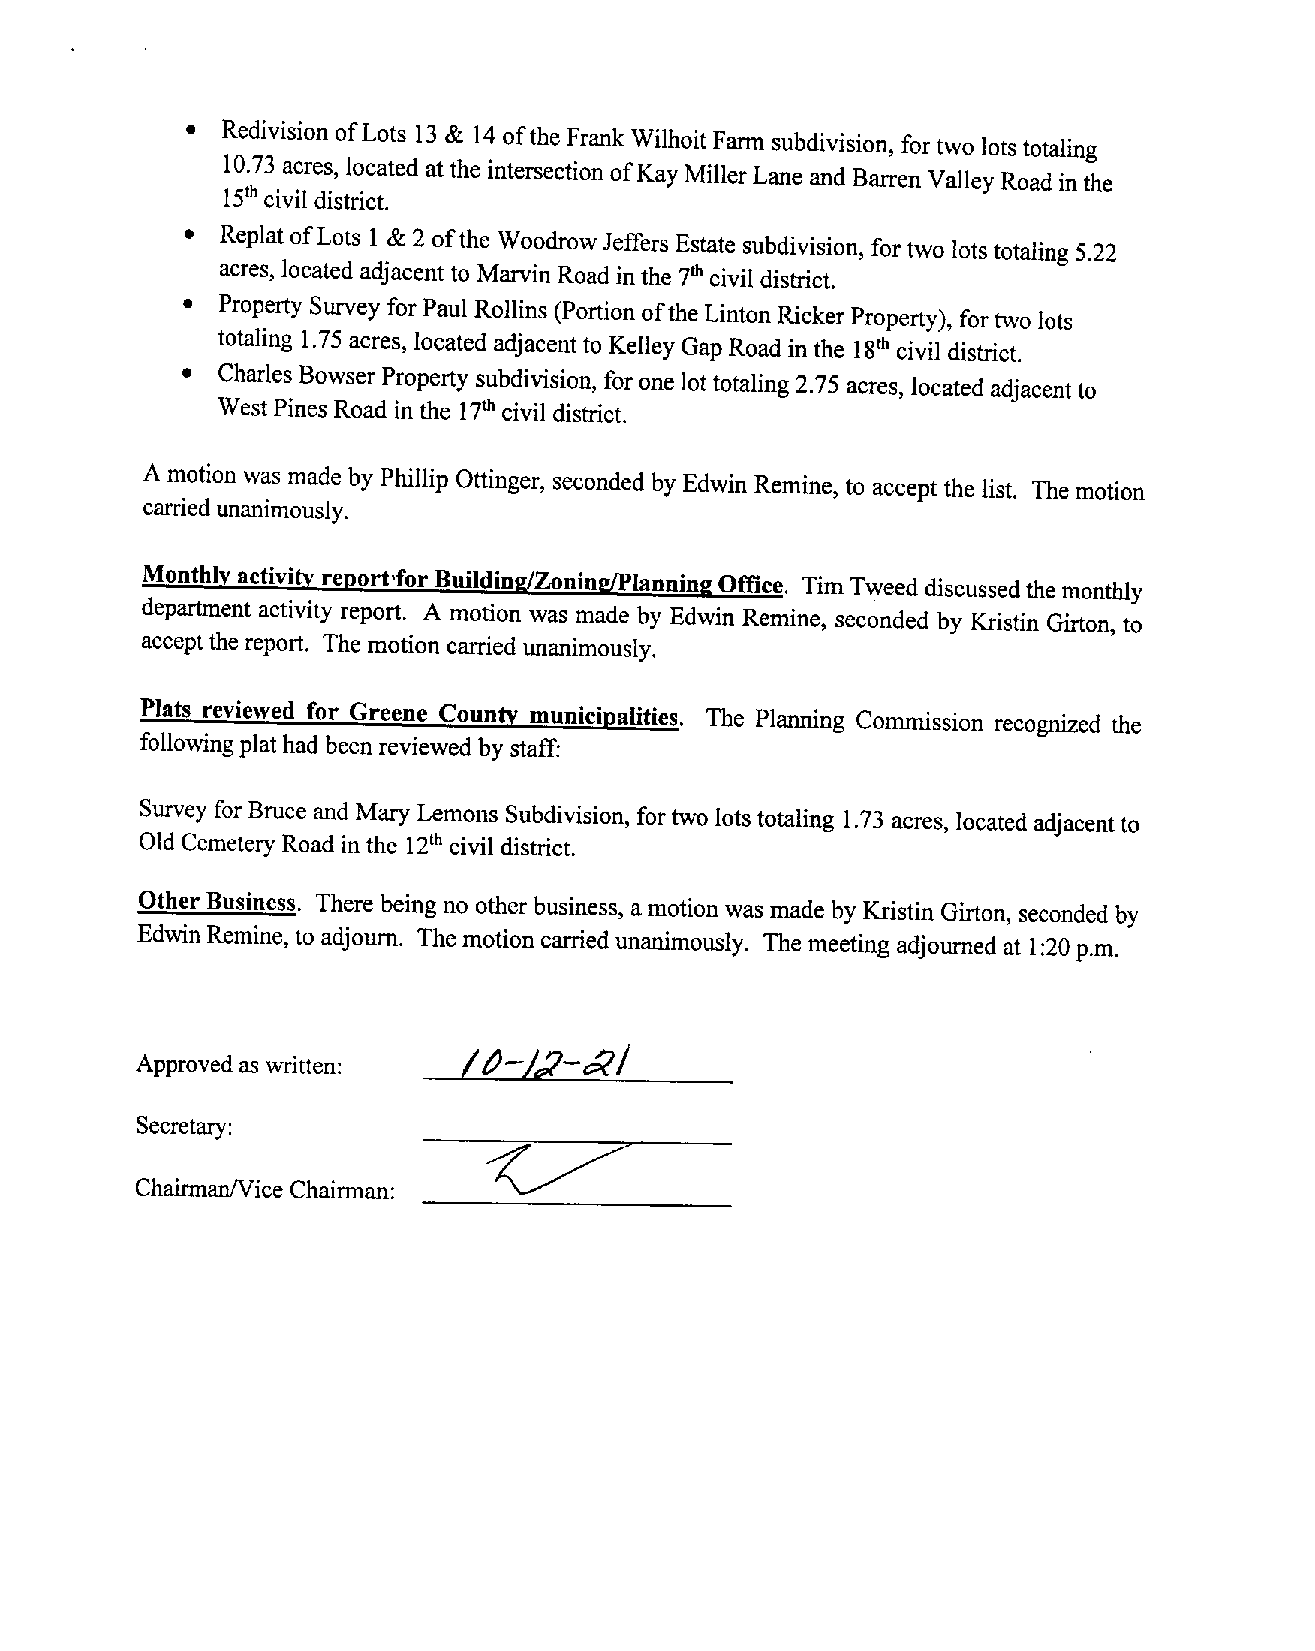
•  Redivision ofLots 13 & 14 ofthe Frank WilhoitFarm subdivision, for two lotstotaling
 10.73 acres, located atthe intersection ofKayMiller Laneand Barren Valley Road in the
 civil district.
 th
 15
 • Replat ofLots 1 & 2 ofthe WoodrowJeffers Estate subdivision, fortwolotstotaling 5.22
 acres, located adjacent to MarvinRoad in the th civil district.
 7
 • Property Survey forPaulRollins (Portion ofthe Linton Picker Property), fortwo lots
 totaling 1.75 acres, located adjacentto Kelley GapRoad inthe 1 th civil district.
 8
 • CharlesBowser Property subdivision, foronelot totaling 2.75 acres, located adjacent to
 WestPines Road in the th civil district.
 17
 Amotion was made byPhillip Ottinger, seconded by Edwin Remine, to accept the list. The motion
 carriedunanimously.
 Monthlyactivityreportfor BuildingJZonin~jplannjngOffice. Tim Tweed discussedthemonthly
 department activity report. A motion was made by Edwin Remine, seconded by Kristin Girton, to
 acceptthe report. Themotion carried unanimously.
 Plats reviewed for Greene County municipalities. The Planning Commission recognized the
 following plat had been reviewedby staff:
 Survey forBmce and Mary Lemons Subdivision, for two lotstotaling 1.73 acres, located adjacentto
 Old Cemetery Road in the civil district.
 th
 12
 OtherBusiness. Therebeing no other business, amotion wasmade byKristin Girton, seconded by
 EdwinRemine, to adjourn. The motioncarried unanimously. The meetingadjourned at 1:20 p.m.
 Approvedaswritten:
 __________________________
 Secretary:
 _____________________________
 ChairmanfViceChairman: